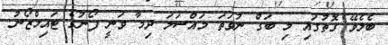
ބެލެވޭ ގޮތުގައި މި ބަގް ނުވަތަ މައްސަލަ ދިމާ ވަނީ ފޯނުގެ ޓައިމްޒޯނު